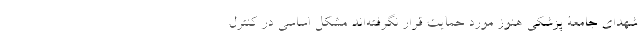
شهدای جامعۀ پزشکی هنوز مورد حمایت قرار نگرفته‌اند مشکل اساسی در کنترل